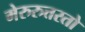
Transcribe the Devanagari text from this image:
मेरुरुत्तरतो